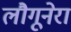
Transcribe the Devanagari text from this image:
लौगूनेरा